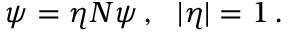
\psi = \eta N \psi \, , \ \ | \eta | = 1 \, .